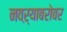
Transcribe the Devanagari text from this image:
नवऱ्याबरोबर